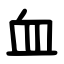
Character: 血